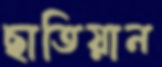
ছাতিয়ান